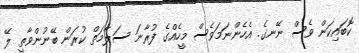
ކޮބައިކަން ވެސް ނޭނގެ. އެހެންނަމަވެސް މީހެއްގެ ފުރާނަ ސަލާމަތް ކުރަން ބޭނުންވާތީ ލޭ